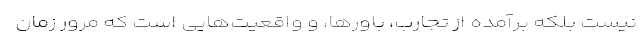
نیست بلکه برآمده از تجارب، باورها، و واقعیت‌هایی است که مرور زمان